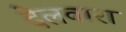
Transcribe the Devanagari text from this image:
देलवारा